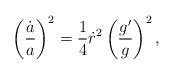
LaTeX: \begin{align*}\left({{\dot{a}}\over a}\right)^2={1\over 4}\dot{r}^2\left({{g^{\prime}}\over g}\right)^2,\end{align*}